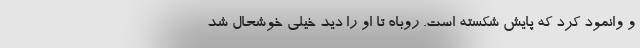
و وانمود کرد که پایش شکسته است. روباه تا او را دید خیلی خوشحال شد